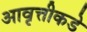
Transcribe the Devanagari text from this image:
आवृत्तीकडे